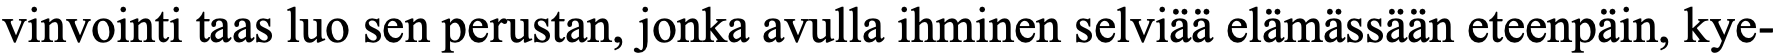
vinvointi taas luo sen perustan, jonka avulla ihminen selviää elämässään eteenpäin, kye-